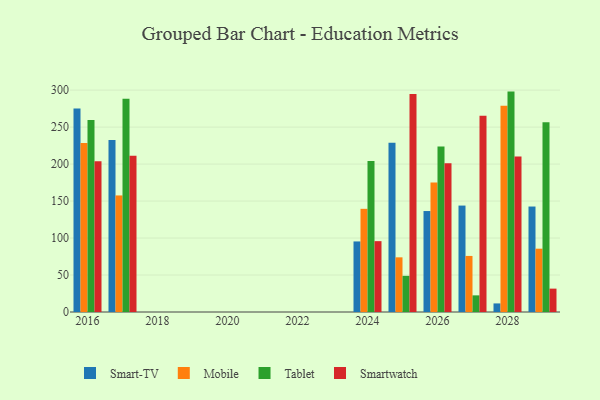
{"axis": {"x": "Year", "y": "Budget (USD K)"}, "legend": ["Mobile", "Smart-TV", "Smartwatch", "Tablet"], "data": [{"x": "2025", "y": 228.7, "type": "Smart-TV"}, {"x": "2025", "y": 73.9, "type": "Mobile"}, {"x": "2025", "y": 48.9, "type": "Tablet"}, {"x": "2025", "y": 294.8, "type": "Smartwatch"}, {"x": "2026", "y": 136.5, "type": "Smart-TV"}, {"x": "2026", "y": 175.0, "type": "Mobile"}, {"x": "2026", "y": 223.9, "type": "Tablet"}, {"x": "2026", "y": 201.0, "type": "Smartwatch"}, {"x": "2029", "y": 142.6, "type": "Smart-TV"}, {"x": "2029", "y": 85.6, "type": "Mobile"}, {"x": "2029", "y": 256.6, "type": "Tablet"}, {"x": "2029", "y": 31.6, "type": "Smartwatch"}, {"x": "2028", "y": 11.6, "type": "Smart-TV"}, {"x": "2028", "y": 278.9, "type": "Mobile"}, {"x": "2028", "y": 298.0, "type": "Tablet"}, {"x": "2028", "y": 210.1, "type": "Smartwatch"}, {"x": "2016", "y": 275.3, "type": "Smart-TV"}, {"x": "2016", "y": 228.5, "type": "Mobile"}, {"x": "2016", "y": 259.5, "type": "Tablet"}, {"x": "2016", "y": 203.7, "type": "Smartwatch"}, {"x": "2027", "y": 143.9, "type": "Smart-TV"}, {"x": "2027", "y": 75.8, "type": "Mobile"}, {"x": "2027", "y": 22.5, "type": "Tablet"}, {"x": "2027", "y": 265.4, "type": "Smartwatch"}, {"x": "2017", "y": 232.4, "type": "Smart-TV"}, {"x": "2017", "y": 157.6, "type": "Mobile"}, {"x": "2017", "y": 288.5, "type": "Tablet"}, {"x": "2017", "y": 211.1, "type": "Smartwatch"}, {"x": "2024", "y": 95.4, "type": "Smart-TV"}, {"x": "2024", "y": 139.5, "type": "Mobile"}, {"x": "2024", "y": 204.2, "type": "Tablet"}, {"x": "2024", "y": 95.8, "type": "Smartwatch"}]}